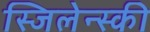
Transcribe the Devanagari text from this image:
स्जिलेन्स्की